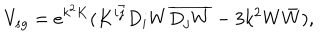
V _ { s g } = e ^ { k ^ { 2 } K } ( K ^ { i \bar { j } } D _ { i } W \overline { { { D _ { j } W } } } - 3 k ^ { 2 } W \bar { W } ) ,